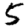
Digit: 5